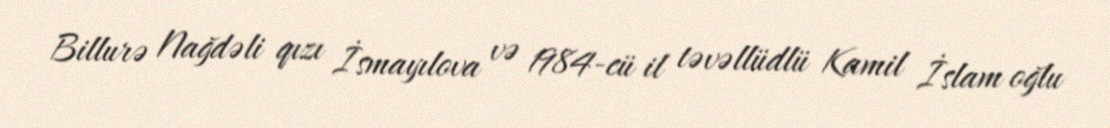
Billurə Nağdəli qızı İsmayılova və 1984-cü il təvəllüdlü Kamil İslam oğlu